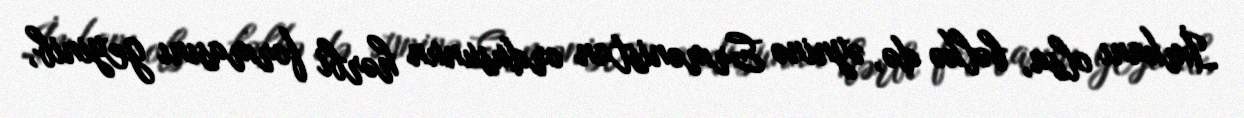
İmkanı olsa, bəlkə də, əyninə Ermənistan ordusunun hərbi formasını geyinib,